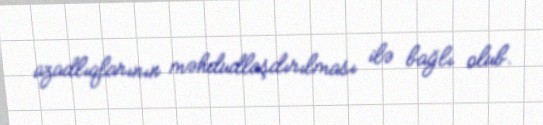
azadlıqlarının məhdudlaşdırılması ilə bağlı olub.